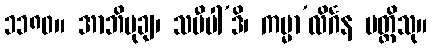
၁၁၈၀။ အာဘိမုချ၊ သမီပါ’ဒိ၊ ကမ္မာ’လိင်္ဂန ပတ္တိသု။